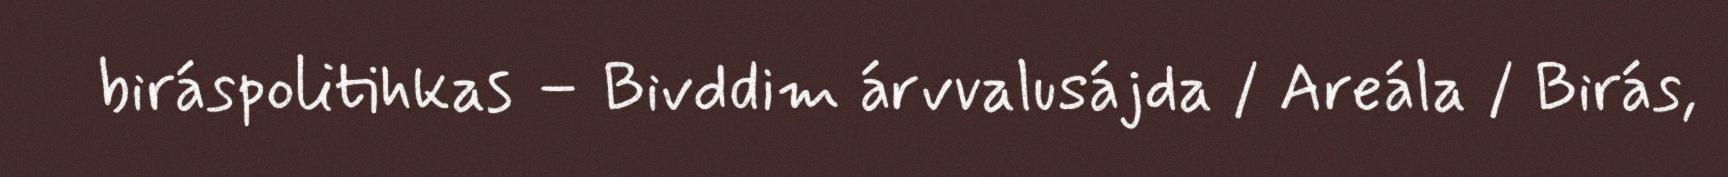
biráspolitihkas – Bivddim árvvalusájda / Areála / Birás,